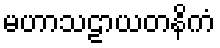
မဟာသဠာယတနိကံ